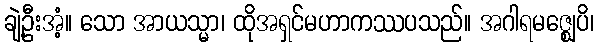
ချဲ့ဦးအံ့။ သော အာယသ္မာ၊ ထိုအရှင်မဟာကဿပသည်။ အဂါရမဇ္ဈေပိ၊